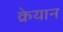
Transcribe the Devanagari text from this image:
क्रेयान